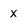
Character: X